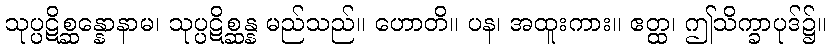
သုပ္ပဋိစ္ဆန္နောနာမ၊ သုပ္ပဋိစ္ဆန္န မည်သည်။ ဟောတိ။ ပန၊ အထူးကား။ ဧတ္ထ၊ ဤသိက္ခာပုဒ်၌။